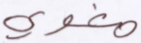
مغوي